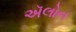
ઍલોન